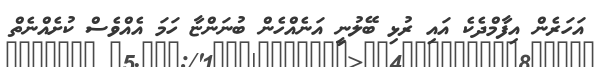
އަހަރެން އިފާމްދެކެ އައި ރުޅި ބޭލުނީ އަނެއްހެން ބުނަންޏާ ހަމަ އެއްވެސް ކުށެއްނެތް